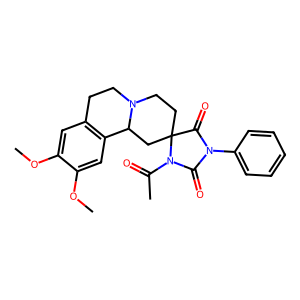
SMILES: COc1cc2c(cc1OC)C1CC3(CCN1CC2)C(=O)N(c1ccccc1)C(=O)N3C(C)=O
Inhibits HIV replication: No